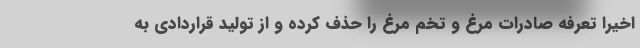
اخیرا تعرفه صادرات مرغ و تخم مرغ را حذف کرده و از تولید قراردادی به